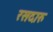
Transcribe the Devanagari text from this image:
रसदारु